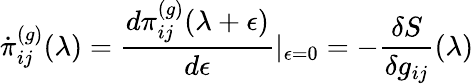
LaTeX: \dot{\pi}_{ij}^{(g)}(\lambda)=\frac{d\pi_{ij}^{(g)}(\lambda+\epsilon)}{d\epsilon}\vert_{\epsilon=0}=-\frac{\delta S}{\delta g_{ij}}(\lambda)